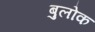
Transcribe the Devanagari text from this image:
बुलोक